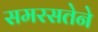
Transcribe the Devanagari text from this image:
समरसतेने